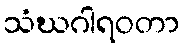
သံဃဂါရဝတာ